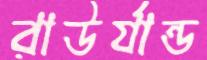
রাউর্যান্ড